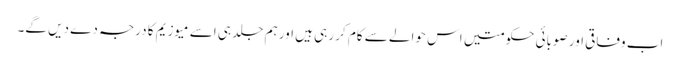
اب وفاقی اور صوبائی حکومتیں اس حوالے سے کام کر رہی ہیں اور ہم جلد ہی اسے میوزیم کا درجہ دے دیں گے۔